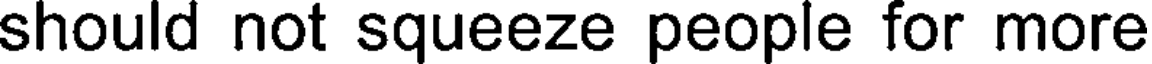
should not squeeze people for more